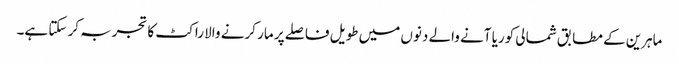
ماہرین کے مطابق شمالی کوریا آنے والے دنوں میں طویل فاصلے پر مار کرنے والا راکٹ کا تجربہ کر سکتا ہے۔